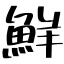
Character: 鮮